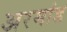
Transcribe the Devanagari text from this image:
अरमांड